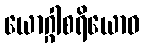
ယောဂ္ဂါစရိယောဝ